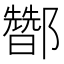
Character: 𰼀